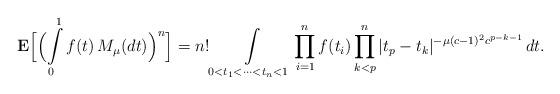
LaTeX: \begin{align*}{\bf E}\Bigl[\Bigl(\int\limits_0^1 f(t)\,M_\mu(dt)\Bigr)^n\Bigr] = n!\int\limits_{0<t_1<\cdots<t_n<1} \prod\limits_{i=1}^n f(t_i)\prod\limits_{k<p}^n |t_p-t_k|^{-\mu (c-1)^2 c^{p-k-1}}\,dt.\end{align*}